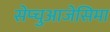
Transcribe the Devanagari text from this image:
सेप्चुआजेसिमा